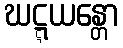
ဃဋ္ဋယန္တော